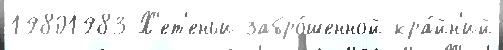
19801983 Х'ет'еньи забро́шенной кра́йн'ий